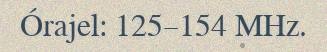
Órajel: 125–154 MHz.